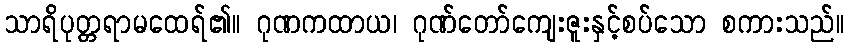
သာရိပုတ္တရာမထေရ်၏။ ဂုဏကထာယ၊ ဂုဏ်တော်ကျေးဇူးနှင့်စပ်သော စကားသည်။